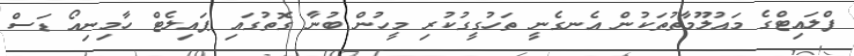
ފްލައިޓްގެ މައުލޫމާތުތަކުން އެނގެނީ ތަހުގީގުކުރި މީހުން ބުނާ ގޮތުގައި ޕައިލެޓް ހާމިނިއޯ ޑަސް